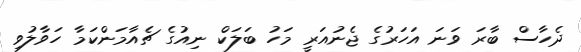
ދެހާސް ބާރަ ވަނަ އަހަރުގެ ޖެނުއަރީ މަހު ބަލަކް ނިއުގެ ޗެއާމަންކަމާ ހަވާލުވި